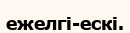
ежелгі-ескі.